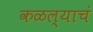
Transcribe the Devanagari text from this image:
कळल्याचं